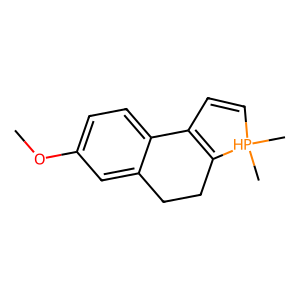
SMILES: COc1ccc2c(c1)CCC1=C2C=C[PH]1(C)C
Inhibits HIV replication: No